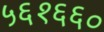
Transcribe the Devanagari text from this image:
५६१६६०